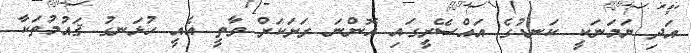
އަދި ޔަމަނަކީ ކަނޑުގެ އައްސޭރީގައި އޮންނަ ރަށަކަށް ވާތީ އެއީ ހުޅަނގު ޤައުމުތަކާ